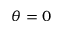
\theta = 0